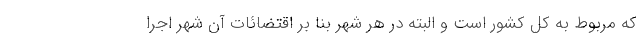
که مربوط به کل کشور است و البته در هر شهر بنا بر اقتضائات آن شهر اجرا